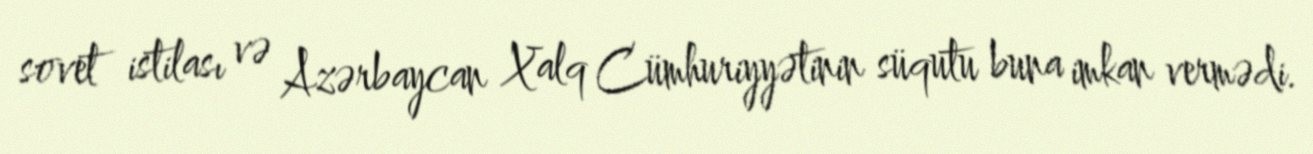
sovet istilası və Azərbaycan Xalq Cümhuriyyətinin süqutu buna imkan vermədi.